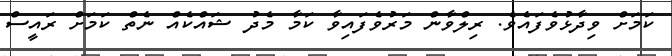
ކަމަށް ވިދާޅުވެފައެވެ. ރިލްވާން މަރުވެފައިވާ ކަމާ މެދު ޝައްކެއް ނެތް ކަމަށް ރައީސް